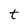
Character: t